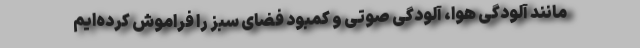
مانند آلودگی هوا، آلودگی صوتی و کمبود فضای سبز را فراموش کرده‌ایم